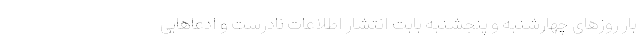
بار روزهای چهارشنبه و پنجشنبه بابت انتشار اطلاعات نادرست و ادعاهایی